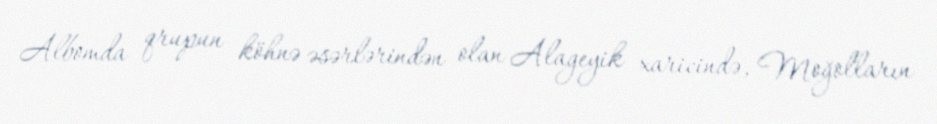
Albomda qrupun köhnə əsərlərindən olan Alageyik xaricində, Moğolların